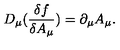
D _ { \mu } ( \frac { \delta f } { \delta A _ { \mu } } ) = \partial _ { \mu } A _ { \mu } .